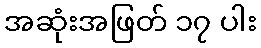
အဆုံးအဖြတ် ၁၇ ပါး